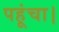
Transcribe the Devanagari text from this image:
पहूंचा।